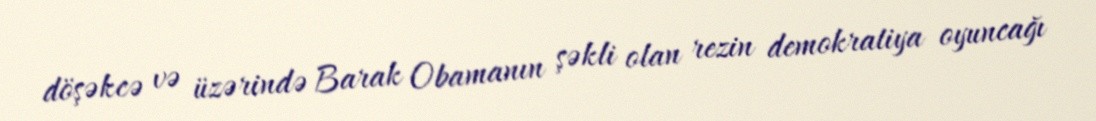
döşəkcə və üzərində Barak Obamanın şəkli olan rezin demokratiya oyuncağı